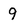
Character: 9